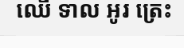
ឈើ ទាល អូរ ត្រេះ